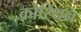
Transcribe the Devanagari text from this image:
कोरिंथन